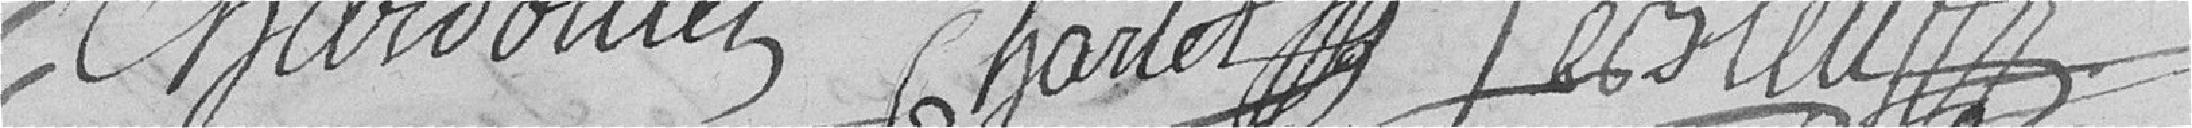
Chardoillet,